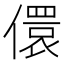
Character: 儇